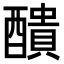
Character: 𨣈